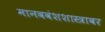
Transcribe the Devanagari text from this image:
मानववंशशास्त्रावर